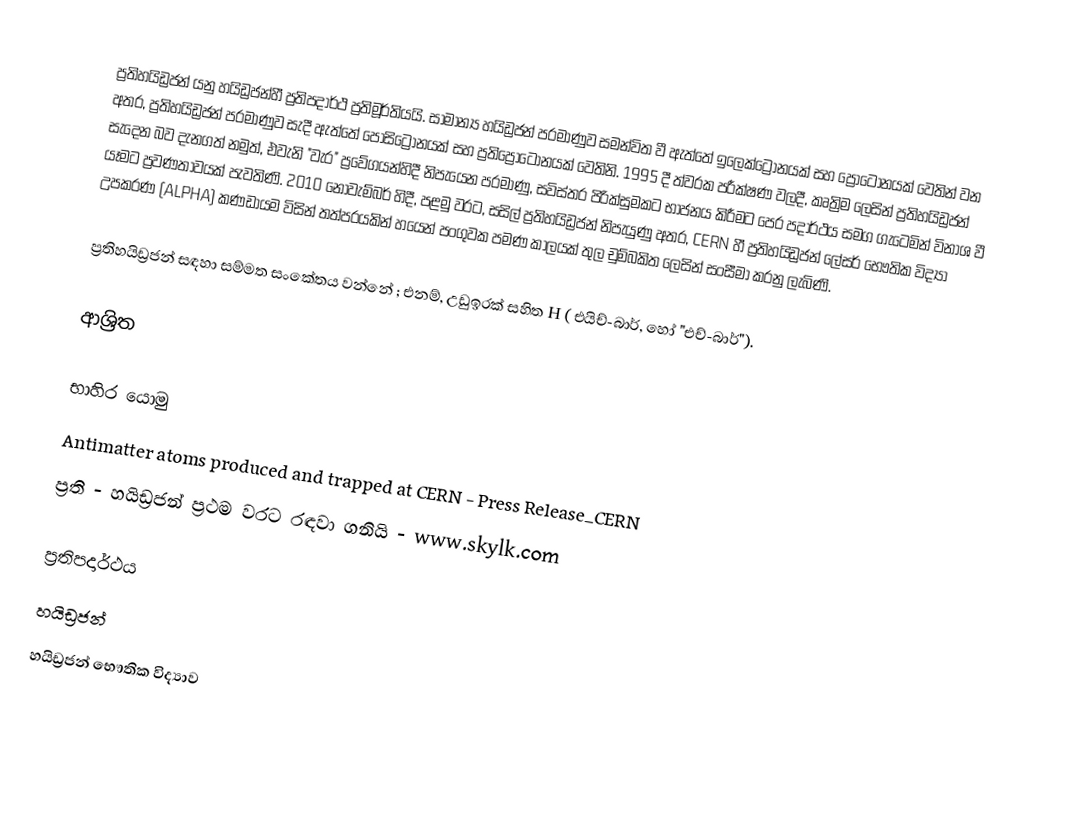
ප්‍රතිහයිඩ්‍රජන් යනු හයිඩ්‍රජන්හී ප්‍රතිපදාර්ථ ප්‍රතිමූර්තියයි. සාමාන්‍ය හයිඩ්‍රජන් පරමාණුව සමන්විත වී ඇත්තේ  ඉලෙක්ට්‍රෝනයක් සහ ප්‍රෝටෝනයක් වෙතින් වන අතර, ප්‍රතිහයිඩ්‍රජන් පරමාණුව සැදී ඇත්තේ  පොසිට්‍රෝනයක් සහ  ප්‍රතිප්‍රෝටෝනයක් වෙතිනි. 1995 දී  ත්වරක පරීක්ෂණ වලදී, කෘත්‍රිම ලෙසින් ප්‍රතිහයිඩ්‍රජන් සැදෙන බව දැනගත් නමුත්, එවැනි "වැර" ප්‍රවේගයන්හිදී නිපැයෙන පරමාණු, සවිස්තර පිරික්සුමකට භාජනය කිරීමට පෙර පදාර්ථය සමග ගැටෙමින් විනාශ වී යෑමට ප්‍රවණතාවයක් පැවතිණි. 2010 නොවැම්බර් හිදී, පළමු වරට, සසිල් ප්‍රතිහයිඩ්‍රජන් නිපැයුණු අතර,  CERN හී ප්‍රතිහයිඩ්‍රජන් ලේසර් භෞතික විද්‍යා උපකරණ (ALPHA) කණඩායම විසින් තත්පරයකින් හයෙන් පංගුවක පමණ කාලයක් තුල  චුම්බකිත ලෙසින් සංසීමා කරනු ලැබිණි.

ප්‍රතිහයිඩ්‍රජන් සඳහා සම්මත සංකේතය වන්නේ ; එනම්, උඩුඉරක් සහිත H  ( එයිච්-බාර්, හෝ "එච්-බාර්").

ආශ්‍රිත

භාහිර යොමු
Antimatter atoms produced and trapped at CERN - Press Release_CERN
ප්‍රති - හයිඩ්‍රජන් ප්‍රථම වරට රඳවා ගනියි - www.skylk.com

ප්‍රතිපදාර්ථය
හයිඩ්‍රජන්
හයිඩ්‍රජන් භෞතික විද්‍යාව